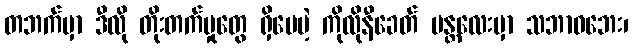
တဘက်မှာ ဒီလို တိုးတက်မှုတွေ ရှိပေမဲ့ ကိုလိုနီခေတ် မန္တလေးမှာ သဘာဝဘေး၊